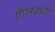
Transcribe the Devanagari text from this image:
पिंजराबंद